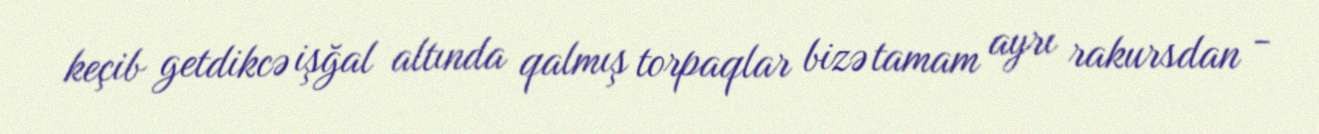
keçib getdikcə işğal altında qalmış torpaqlar bizə tamam ayrı rakursdan -